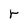
Character: r